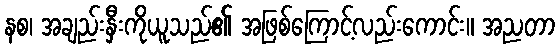
နစ၊ အချည်းနှီးကိုယူသည်၏ အဖြစ်ကြောင့်လည်းကောင်း။ အညတာ